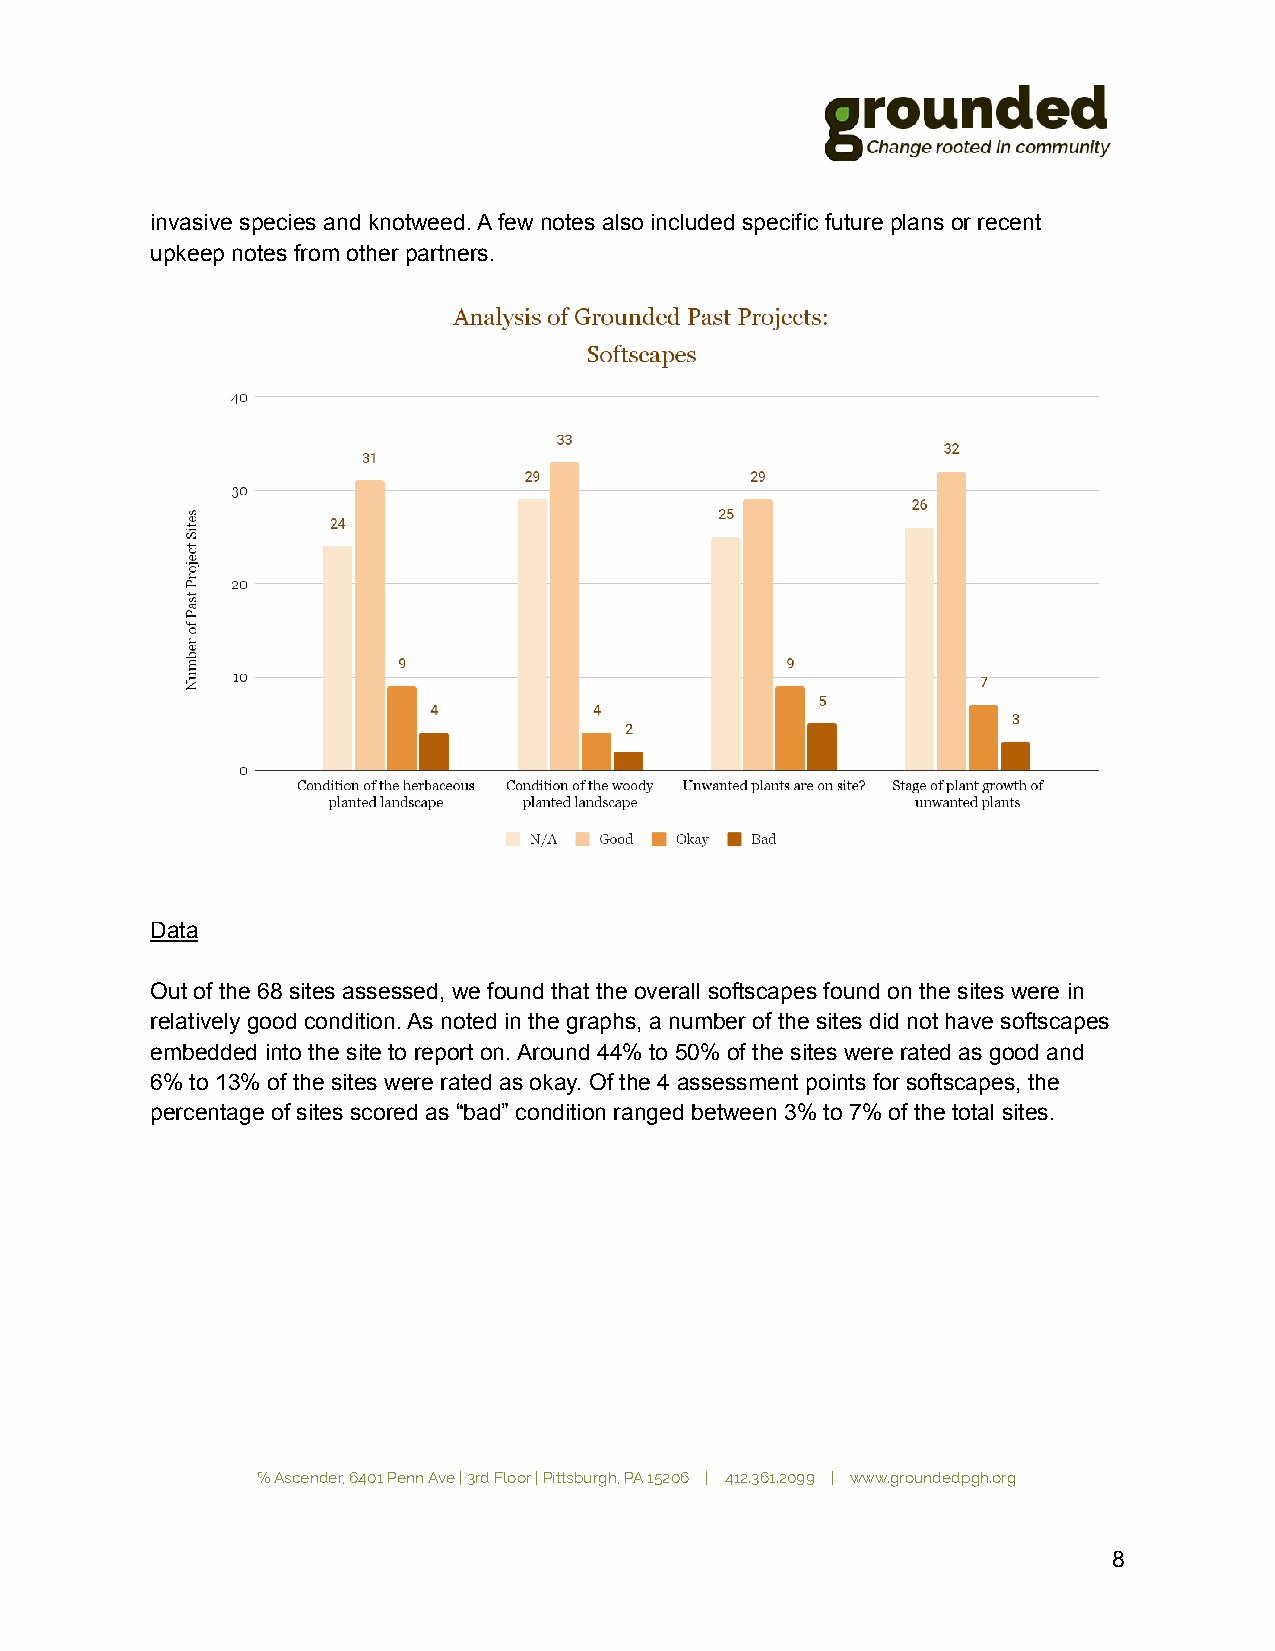
invasive species and knotweed. A few notes also included specific future plans or recent
 upkeep notes from other partners.
 Data
 Out of the 68 sites assessed, we found that the overall softscapes found on the sites were in
 relatively good condition. As noted in the graphs, a number of the sites did not have softscapes
 embedded into the site to report on. Around 44% to 50% of the sites were rated as good and
 6% to 13% of the sites were rated as okay. Of the 4 assessment points for softscapes, the
 percentage of sites scored as “bad” condition ranged between 3% to 7% of the total sites.
 ℅ Ascender, 6401 Penn Ave | 3rd Floor | Pittsburgh, PA 15206 | 412.361.2099 | www.groundedpgh.org
 8